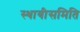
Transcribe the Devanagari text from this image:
स्थायीसमिति